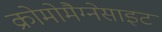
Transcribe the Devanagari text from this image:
क्रोमोमैग्‍नेसाइट